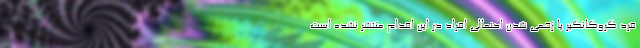
فرد گروگانگیر یا زخمی شدن احتمالی افراد در این اقدام منتشر نشده است